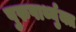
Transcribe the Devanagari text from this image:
पुरुषार्थ्युक्त